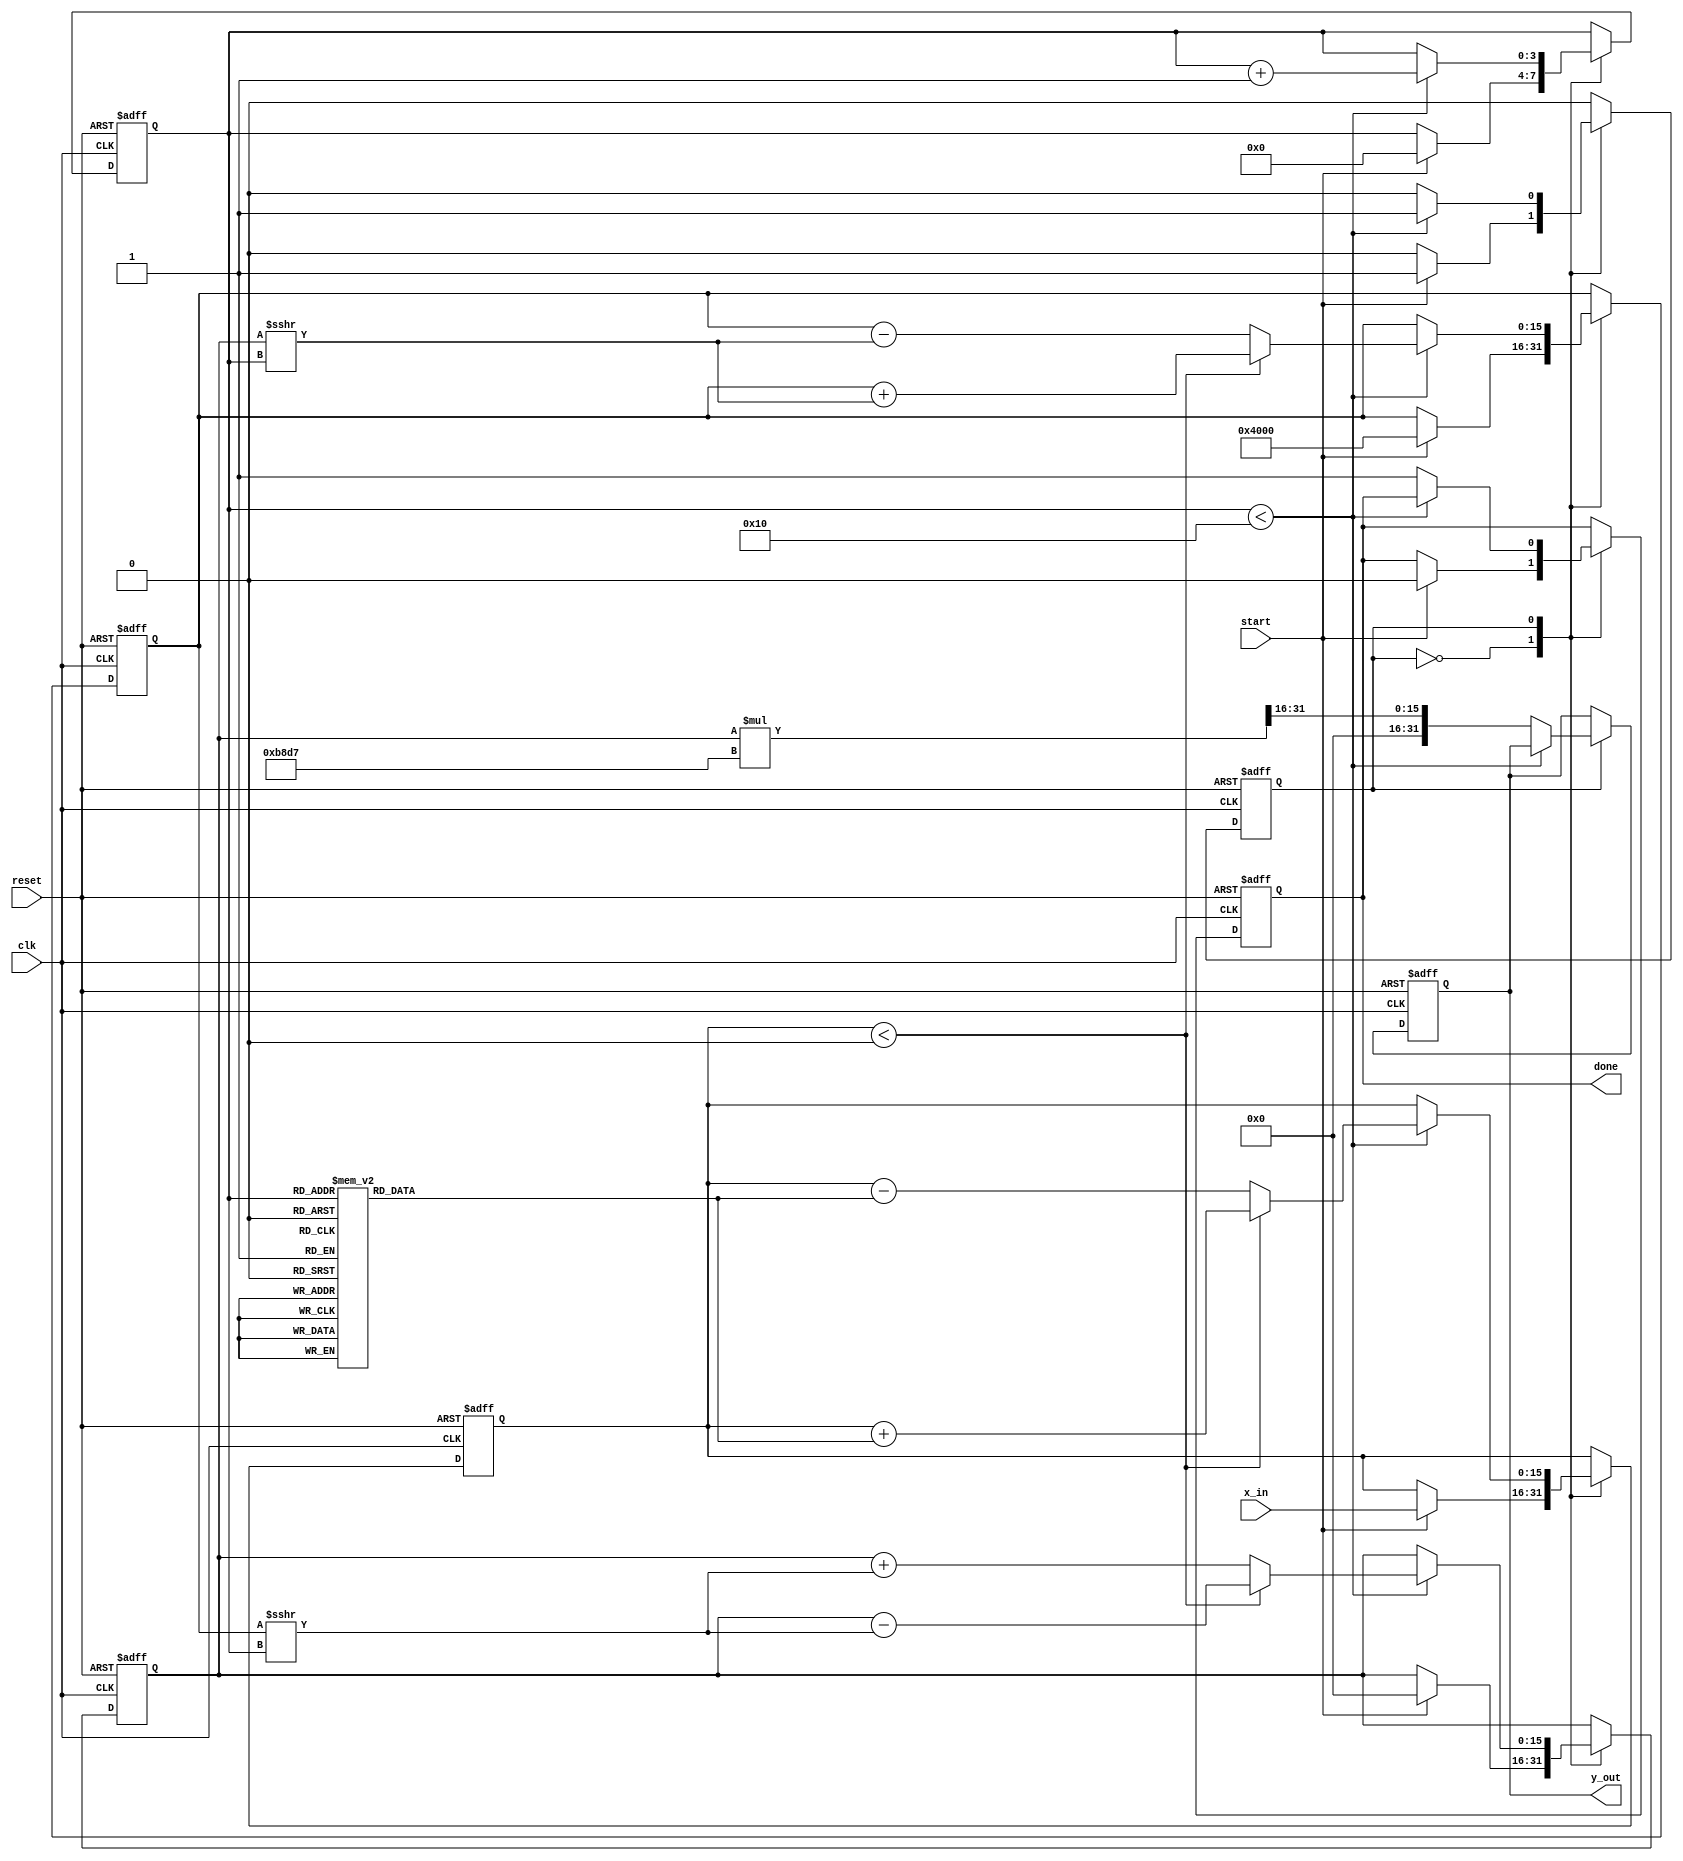
module CORDIC_Exp (
    input wire clk,                 // Clock signal
    input wire reset,               // Reset signal
    input wire start,               // Start computation signal
    input wire [15:0] x_in,         // Input fixed-point value (exponent)
    output reg [31:0] y_out,        // Output fixed-point result
    output reg done                 // Done signal
);

    parameter NUM_ITERATIONS = 16;  // Number of CORDIC iterations
    parameter FIXED_POINT_FRAC_BITS = 16; // Number of fractional bits
    parameter CORDIC_GAIN = 32'hB8D7; // Pre-calculated scaling factor (fixed-point)

    reg [15:0] angle [0:NUM_ITERATIONS-1]; // Arctangent values
    reg [15:0] x, y, z;                   // CORDIC variables
    reg [3:0] count;                       // Iteration counter
    reg state;                             // State variable

    initial begin
        // Initialize arctangent values (in fixed-point)
        angle[0] = 16'h0000;
        angle[1] = 16'h3243; // atan(1)
        angle[2] = 16'h1DAC; // atan(1/2)
        angle[3] = 16'h0FAD; // atan(1/4)
        angle[4] = 16'h07F5; // atan(1/8)
        angle[5] = 16'h03FE; // atan(1/16)
        angle[6] = 16'h01FF; // atan(1/32)
        angle[7] = 16'h00FF; // atan(1/64)
        angle[8] = 16'h007F; // atan(1/128)
        angle[9] = 16'h003F; // atan(1/256)
        angle[10] = 16'h001F; // atan(1/512)
        angle[11] = 16'h000F; // atan(1/1024)
        angle[12] = 16'h0007; // atan(1/2048)
        angle[13] = 16'h0003; // atan(1/4096)
        angle[14] = 16'h0001; // atan(1/8192)
        angle[15] = 16'h0000; // atan(1/16384)
    end

    always @(posedge clk or posedge reset) begin
        if (reset) begin
            x <= 16'h4000; // Initial x value (fixed-point representation of 1)
            y <= 16'h0000; // Initial y value
            z <= 0;        // Initial angle value
            count <= 0;    // Reset iteration counter
            done <= 0;     // Reset done signal
            state <= 0;    // Idle state
            y_out <= 0;    // Reset output
        end else begin
            case (state)
                0: begin // Idle state
                    if (start) begin
                        x <= 16'h4000; // Start with x=1
                        y <= 16'h0000; // Start with y=0
                        z <= x_in;     // Load input value
                        count <= 0;    // Reset counter
                        done <= 0;     // Not done yet
                        state <= 1;    // Move to iteration state
                    end
                end

                1: begin // Iteration state
                    if (count < NUM_ITERATIONS) begin
                        if (z < 0) begin
                            // Perform rotation
                            x <= x + (y >>> count);
                            y <= y - (x >>> count);
                            z <= z + angle[count];
                        end else begin
                            // Perform rotation
                            x <= x - (y >>> count);
                            y <= y + (x >>> count);
                            z <= z - angle[count];
                        end
                        count <= count + 1; // Increment counter
                    end else begin
                        // All iterations completed
                        y_out <= y * CORDIC_GAIN >>> FIXED_POINT_FRAC_BITS; // Scale output
                        done <= 1; // Set done signal
                        state <= 0; // Return to idle state
                    end
                end

                default: state <= 0; // Default state
            endcase
        end
    end
endmodule